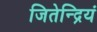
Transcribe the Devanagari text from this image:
जितेन्द्रियं